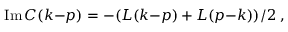
\mathrm { I m } \, C ( k { - } p ) = - ( L ( k { - } p ) + L ( p { - } k ) ) / 2 \; ,